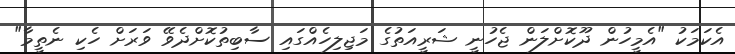
އެކަމަކު "އެމީހުން ދޫކޮށްލަން ޖެހުނީ ޝަރީއަތުގެ މަޖިލިހެއްގައި ސާބިތުކޮށްދެވޭ ވަރަށް ހެކި ނެތީމާ"